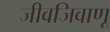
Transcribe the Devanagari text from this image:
जीवजिवाणू